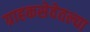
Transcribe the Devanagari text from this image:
ग्राहकसेवेतल्या